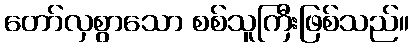
တော်လှစွာသော စစ်သူကြီးဖြစ်သည်။